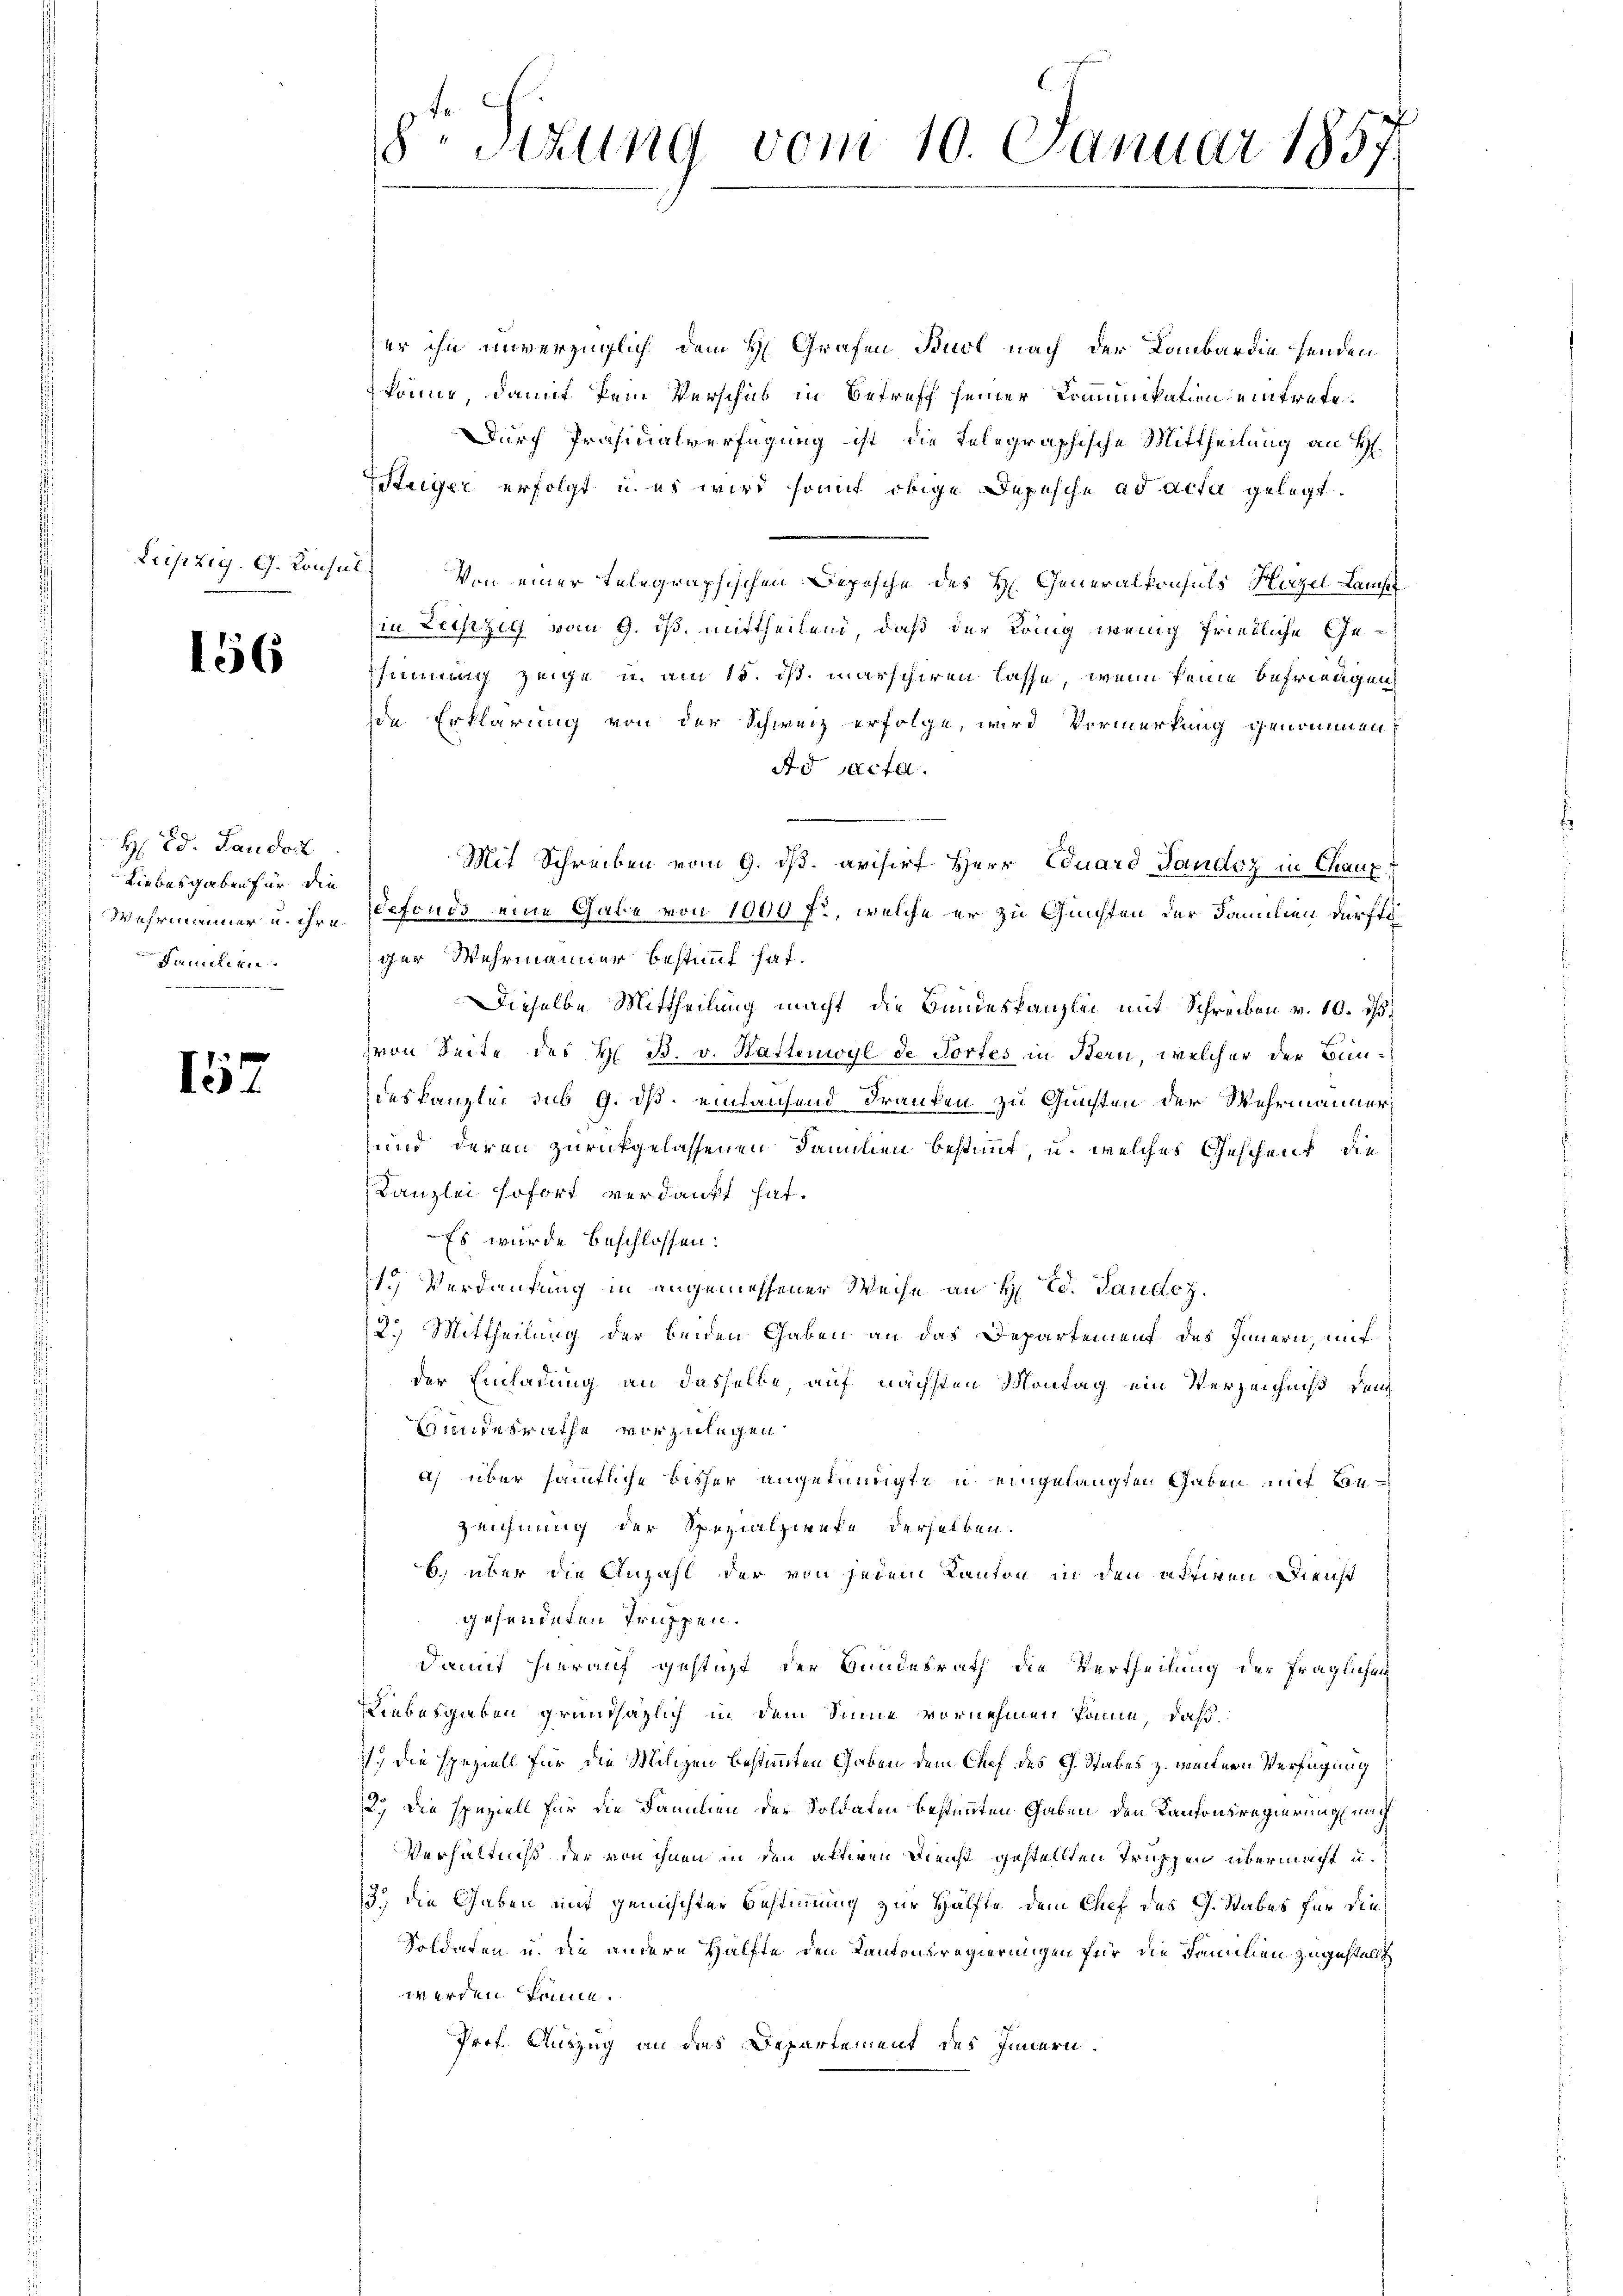
Leipzig, G. Konsul

156

H: Ed. Sandort
Liebesgaben für die
s
Wehrminer u. ihre
Damen

157

8te Sizung vom 10. Januar 1857.

er ihn unverzüglich dem H. Grafen Buot nach der Lombardiesenden
könne, damit kein Verschub in Betreff seiner Komunikation eintrete¬
Durch Präsidialverfügung ist die telegraphische Mittheilung an H
Steiger erfolgt, u. es wird somit obige Depesche ad acta gelegt.
Von einer telegraphischen Depesche des H. Generalkonsuls Harzel Lanche
Ein Leipzig vom 9. ds. mittheilend, daß der König wenig friedliche Gesinnung zeige u. am 15. ds. marschiren lasse, wenn keine befriedigen
de Erklärung von der Schweiz erfolge, wird Vormerkung genommen
Ad acta.
Mit Schreiben vom 9. ds. arisirf Herr Eduard Sandoz in Chaux
Wefonds eine Gabe von 1000 f., welche er zu Gunsten der Familien dürftiger Wehrmänner bestimmt hat.
Dieselbe Mittheilung macht die Bundeskanzlei mit Schreiben v. 10. ds.
von Seite des H. B. v. Hattenwyl de Tortes in Bern, welcher der Bundeskanzlei sub 9. ds. einlausend Franken zu Gunsten der Wehrmanner,
und deren zurückgelassenen Familien bestimmt, u. welches Geschenk, die
Kanzlei sofort verdankt hat.
Es wurde beschlossen:
1.) Verdankung in angemessener Weise an H. Ed. Taudoz.
12.) Mittheilung der beiden Gaben an das Departement des Innern, mit
der Einladung an dasselbe, auf nächsten Montag ein Verzeichniß den
Hundesrathe vorzulegen
a) über sämmtliche bisher angekündigte u. eingelangten Gaben mit Be¬
Zeichnung der Spezialzernte derselben.
b.) über die Anzahl der von jedem Kanton in den attiren. Dienst
gesendeten Truppen.
Damit hierauf gestüzt, der Bundesrath die Vertheilung der fraglichen
Liebesgaben grundsäzlich in dem Sinne vornehmen kann, daß
) die speziell für die Milizen bestimmten Gaben dem Chef des C. Stabes z. weitern Verfügung
2.) Die speziell für die Familien der Soldaten bestimmten Gaben den Kantonsregierung nach
Verhältniß der von ihnen in den aktiven Deicht gestellten Truppen übermacht u.
3.) Die Gaben mit gemischter Bestimmung zur Hälfte dem Chef des G. Stabes für die
Soldaten u. die andere Hälfte den Kantonsregierungen für die Familien zugestellt
werden könne.
Prof. Auszug an das Departement des Innern.